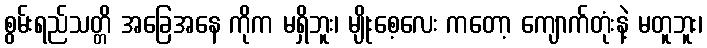
စွမ်းရည်သတ္တိ အခြေအနေ ကိုက မရှိဘူး၊ မျိုးစေ့လေး ကတော့ ကျောက်တုံးနဲ့ မတူဘူး၊